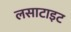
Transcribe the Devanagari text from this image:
लसाटाइट